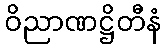
ဝိညာဏဋ္ဌိတီနံ